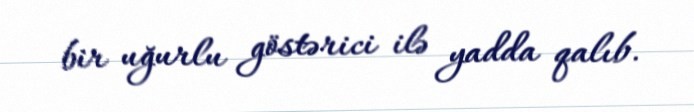
bir uğurlu göstərici ilə yadda qalıb.